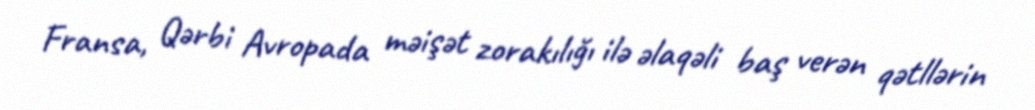
Fransa, Qərbi Avropada məişət zorakılığı ilə əlaqəli baş verən qətllərin